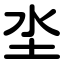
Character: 坔